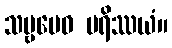
သဗ္ဗမေဝ ပရိဿယံ။